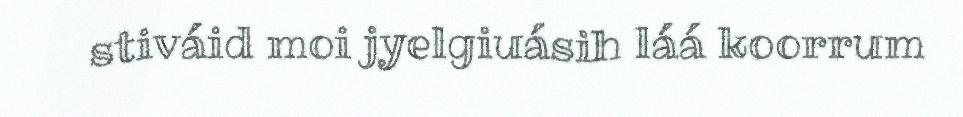
stiváid moi jyelgiuásih láá koorrum